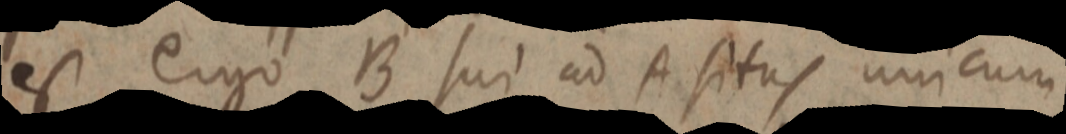
est ergo B sui ad A situs unicum